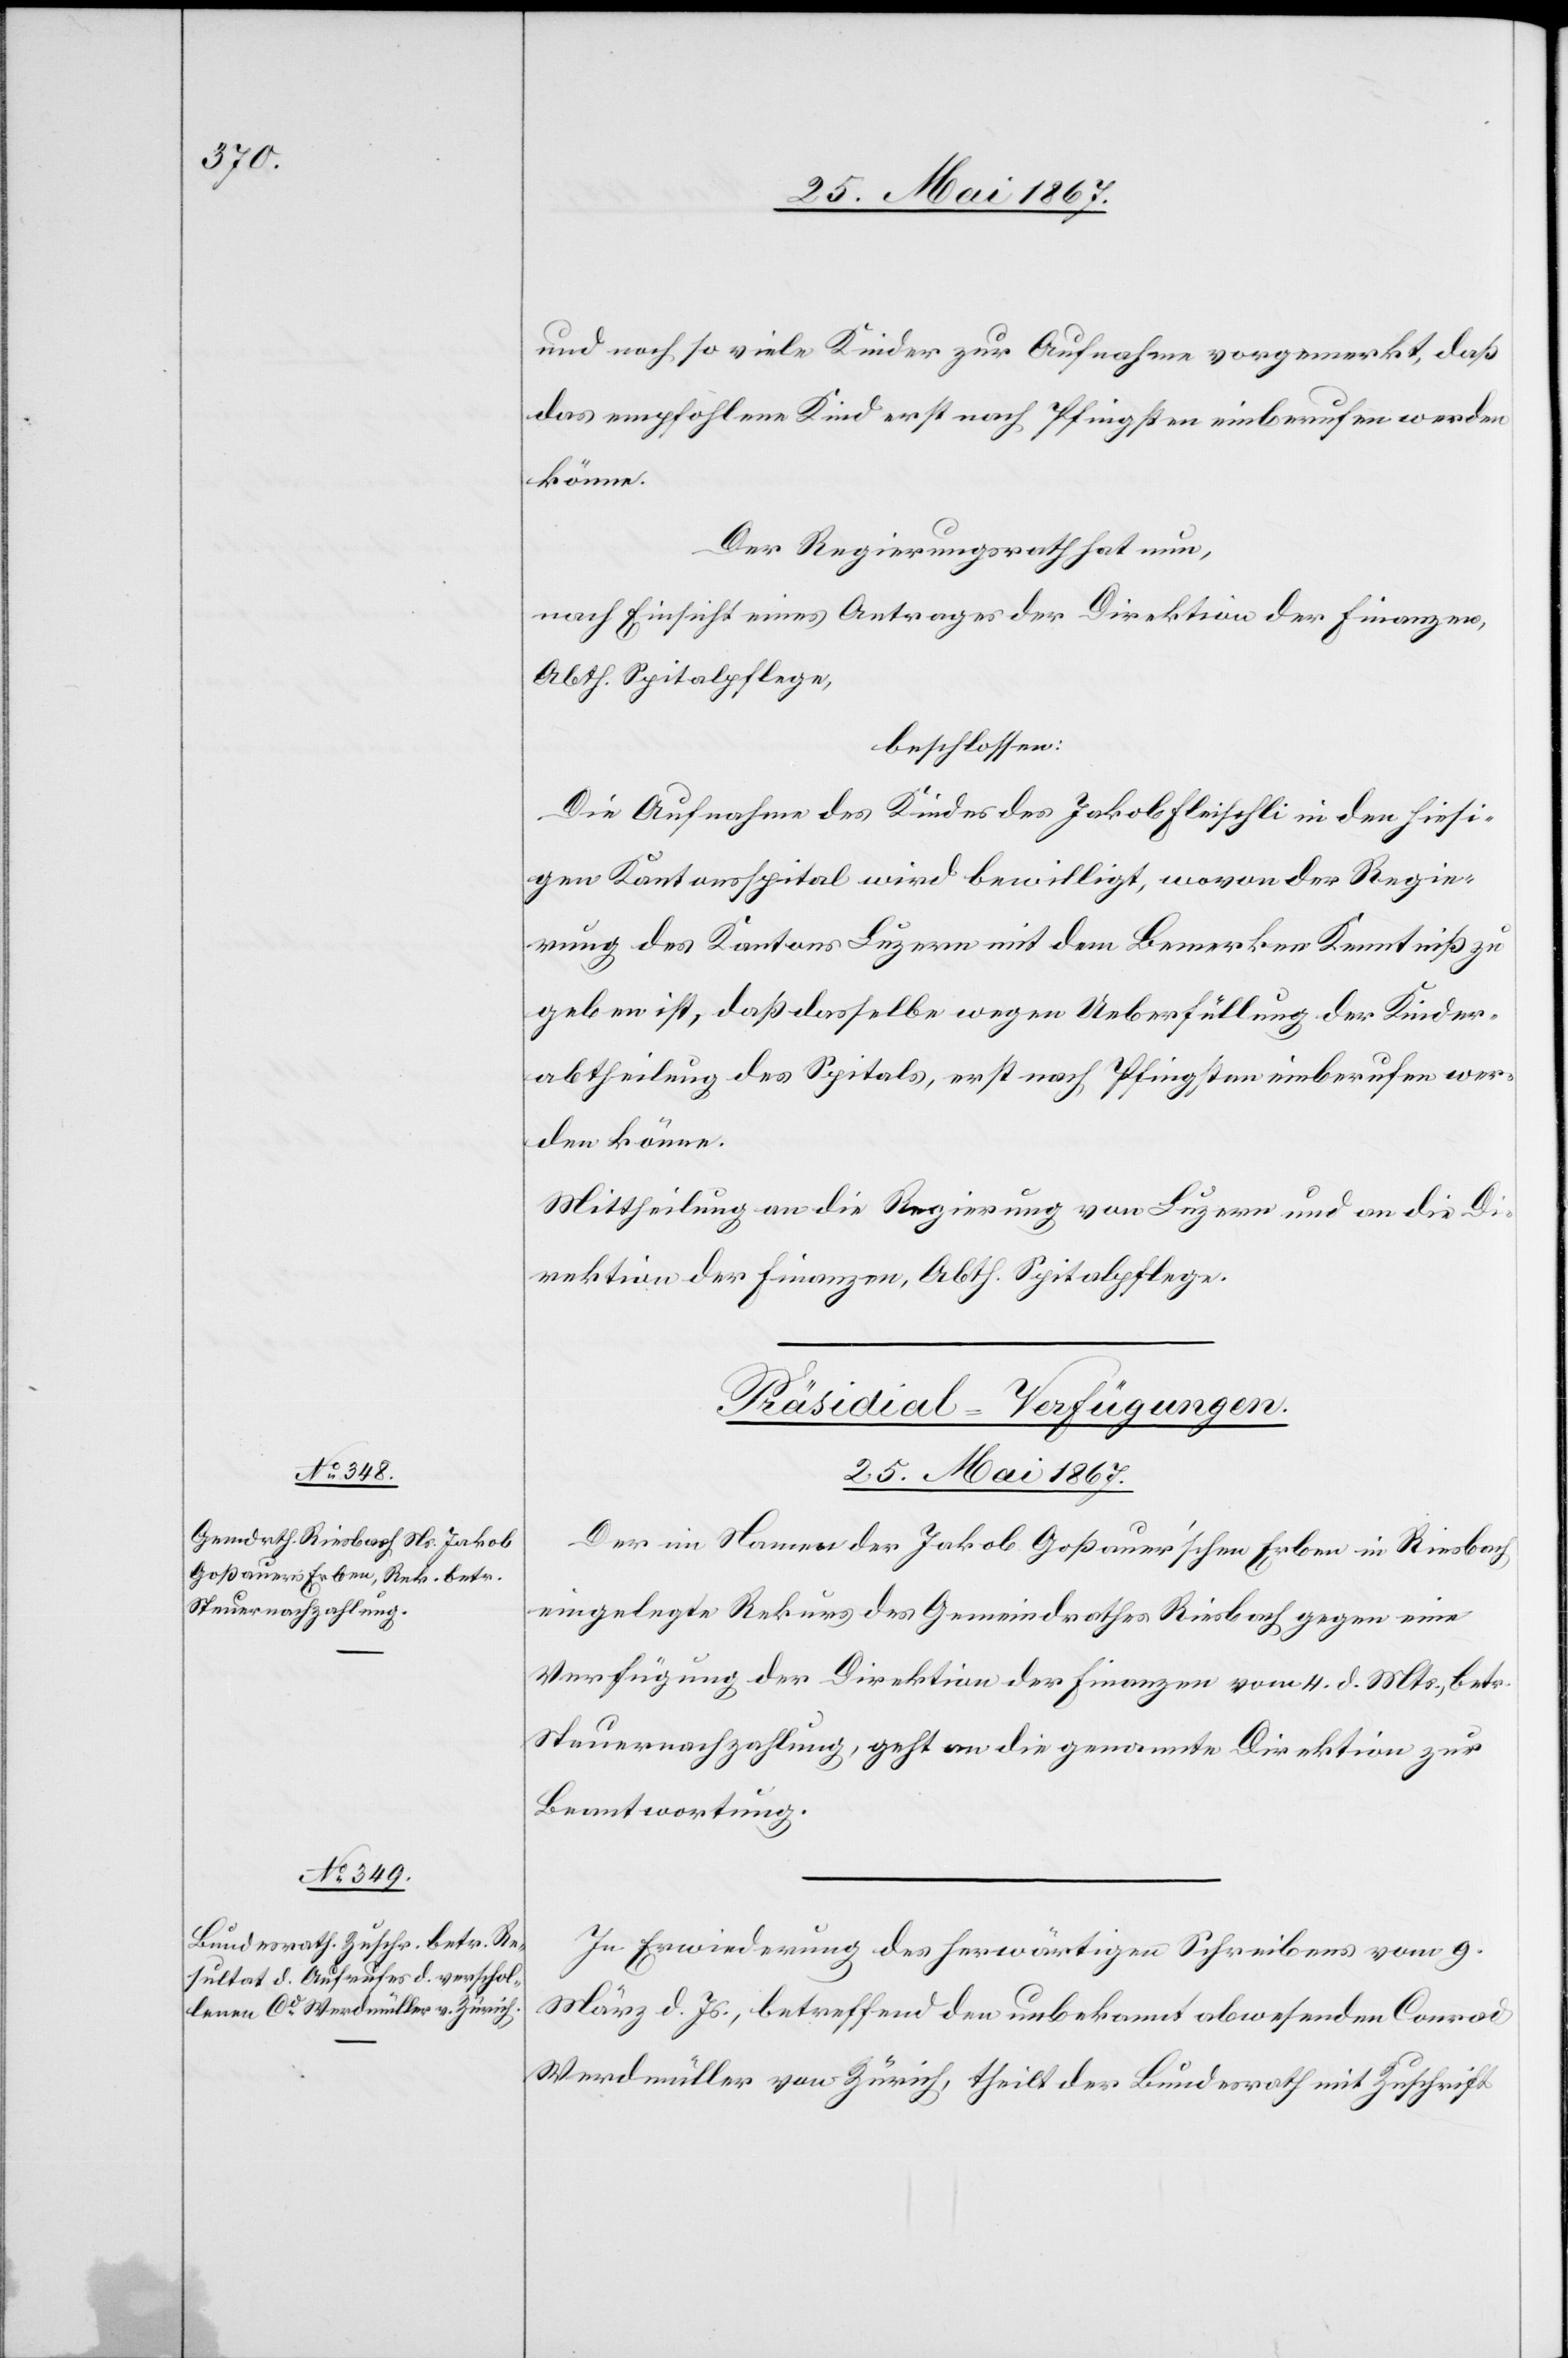
und noch so viele Kinder zur Aufnahme vorgemerkt, daß
das empfohlene Kind erst nach Pfingsten einberufen werden
könne.
Der Regierungsrath hat nun,
nach Einsicht eines Antrages der Direktion der Finanzen,
Abth. Spitalpflege,
beschlossen:
Die Aufnahme des Kindes des Jakob Fleischli in den hiesi¬
gen Kantonsspital wird bewilligt, wovon der Regie¬
rung des Kantons Luzern mit dem Bemerken Kenntniß zu
geben ist, daß dasselbe wegen Ueberfüllung der Kinder¬
abtheilung des Spitals, erst nach Pfingsten einberufen wer¬
den könne.
Mittheilung an die Regierung von Luzern und an die D¬
irektion der Finanzen, Abth. Spitalpflege.
[Präsidial-Verfügungen.
25. Mai 1867.]
Der im Namen der Jakob Goßauer’schen Erben in Riesbach
eingelegte Rekurs des Gemeindrathes Riesbach gegen eine
Verfügung der Direktion der Finanzen vom 4. d. Mts., betr.
Steuernachzahlung, geht an die genannte Direktion zur
Beantwortung.
In Erwiederung des herwärtigen Schreibens vom 9.
März d. Js., betreffend den unbekannt abwesenden Conrad
Werdmüller von Zürich, theilt der Bundesrath mit Zuschrift